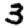
Digit: 3